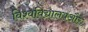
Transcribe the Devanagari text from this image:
विश्वविद्यालयऔर